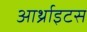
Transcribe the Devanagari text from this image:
आर्थ्राइटस